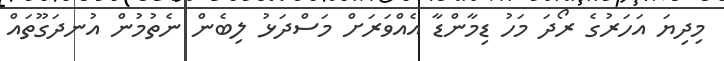
މިދިޔަ އަހަރުގެ ރޯދަ މަހު ޑިމާންޑާ އެއްވަރަށް މަސްދަޅު ލިބެން ނެތުމުން އުނދަގޫތައް